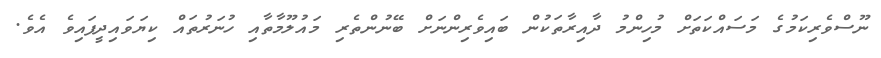
ނޫސްވެރިކަމުގެ މަސައްކަތަށް މުހިންމު ދާއިރާތަކުން ބައިވެރިންނަށް ބޭނުންތެރި މައުލޫމާތާއި ހުނަރުތައް ކިޔަވައިދީފައިވެ އެވެ.